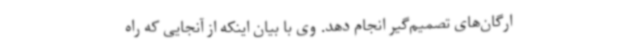
ارگان‌های تصمیم‌گیر انجام دهد. وی با بیان اینکه از آنجایی که راه